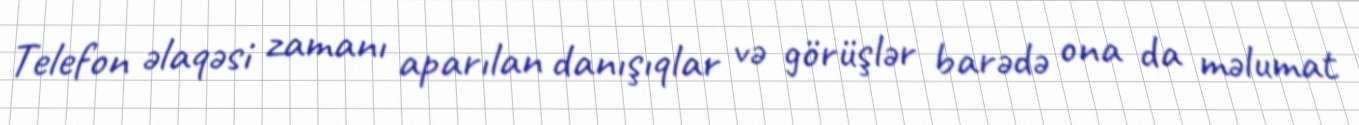
Telefon əlaqəsi zamanı aparılan danışıqlar və görüşlər barədə ona da məlumat